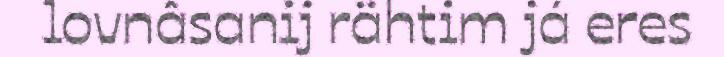
lovnâsanij rähtim já eres